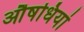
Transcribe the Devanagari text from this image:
औषधियां